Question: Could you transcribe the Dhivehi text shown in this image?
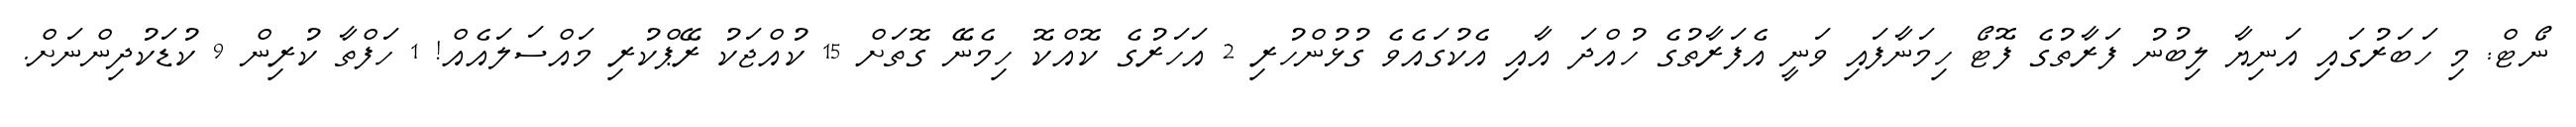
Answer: ނޯޓް: މި ހަބަރުގައި އަނިޔާ ލިބުނު ފަރާތުގެ ފޮޓޯ ހިމަނާފައި ވަނީ އެފަރާތުގެ ހުއްދަ އާއި އެކުގައެވެ ގުޅުންހުރި 2 އަހަރުގެ ކޮއްކޮ ހިމެނޭ ގޮތަށް 15 ކުއްޖަކު ރޭޕްކުރި މައްސަލައެއް! 1 ހަފްތާ ކުރިން 9 ކުޑަކުދިންނަށް.